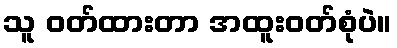
သူ ဝတ်ထားတာ အထူးဝတ်စုံပဲ။